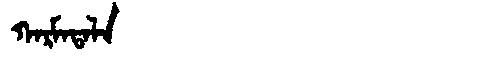
Manchu: ᡴᠠᡵᠮᠠᡨᠠᠯᠠ
Romanization: KARMATALA